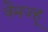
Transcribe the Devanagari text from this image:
वेंमज्हू